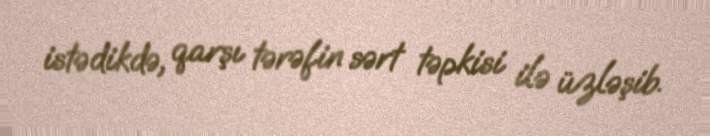
istədikdə, qarşı tərəfin sərt təpkisi ilə üzləşib.